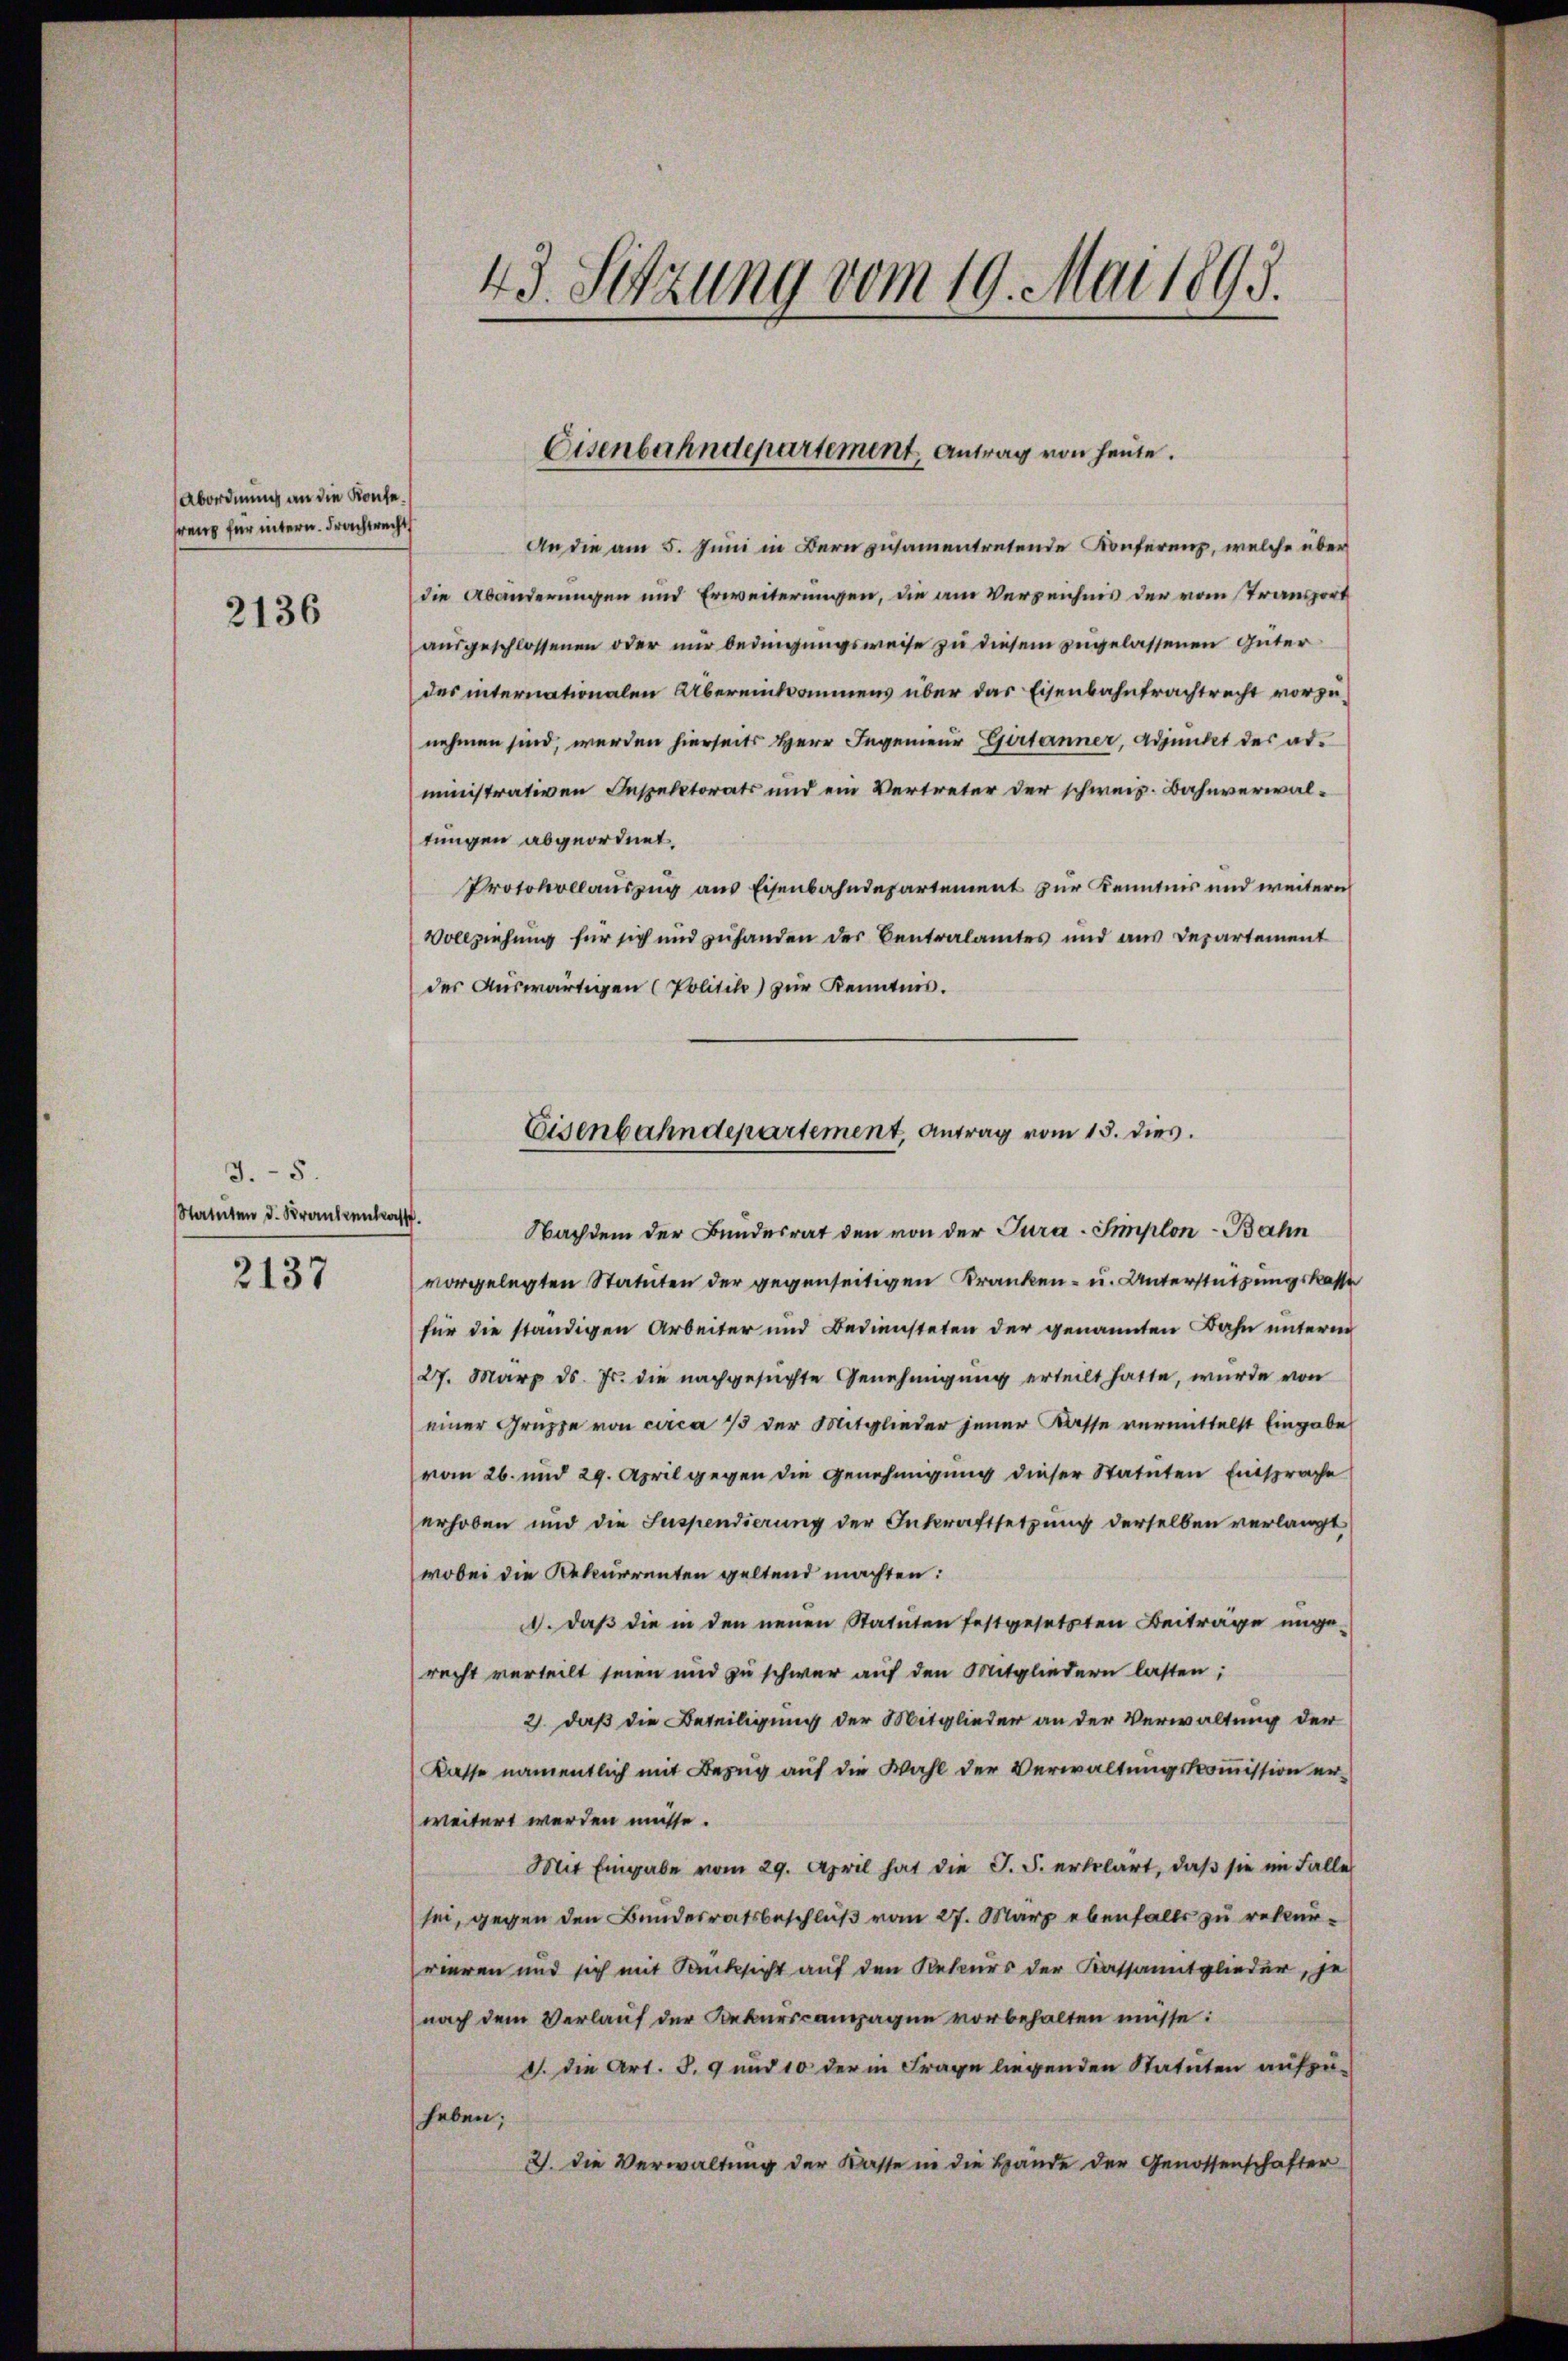
Abordnung an die Konsefranz für untern. Frachtrecht

2136

2137

3.5.
Statuten d. Krankenkass

43. Sitzung vom 19. Mai 1893.

Eisenbahndepartement, Antrag von heute.

An die am 5. Juni in Bern zusamentretende Konferenz, welche über
die Abänderungen und Erweiterungen, die am Verzeichnis der vom Transport
ausgeschlossenen oder nur bedingungsweise zu diesem zeigelassenen Güterdes internationalen Übereinkommens über das Eisenbahntrachtrecht vorzunehmen sind, werden hierseits Herr Ingenieur Gertanner, Adjunkt der abministrativen Inspektorats und ein Vertreter der schweiz. Bahnverwaltungen abgeordnet.
Protokollauszug aus Eisenbahndepartement zur Kenntnis und weitere
Vollziehung für sich und zuhanden der Centralamtes und aus Departement
des Auswärtigen (Politike) zur Kenntnis.
Nachdem der Bundesrat den von der Tura-Simplon - Bahn
vorgelegten Statuten der gegenseitigen Kranken- u. Unterstützungskasse
für die ständigen Arbeiter und Bediensteten der genannten Bahn unterm
27. März d. Js. die nachgesuchte Genehmigung erteilt hatte, wurde von
einer Gruppe von circa 1/3 der Mitglieder jener Kasse vermittelst Eingabe
vom 26. und 29. April gegen die Genehmigung dieser Statuten Entsprache
erhoben und die Suspendierung der Inkraftsetzung derselben verlangt
wobei die Rekurrenten geltend machten:
. daß die in den neuen Statuten festgesetzten Beiträge ungerecht verteilt seien und zu schwer auf den Mitgliedern lasten;
2. daß die Beteiligung der Mitglieder an der Verwaltung der
Kasse namentlich mit Bezug auf die Wahl der Verwaltungskommission erweitert werden müsse.
Mit Eingabe vom 29. April hat die J. J. erklärt, daβ sie im Falle
sei, gegen den Bundesratsbeschluß vom 27. März ebenfalls zu rekurrieren und sich mit Rücksicht auf den Rekurs der Kassanitglieder, je
nach dem Verlauf der Rekurscampagne vorbehalten müsse:
d. die Art. S. 9 und 10 der in Frage liegenden Statuten aufzuheben;
2. die Verwaltung der Kasse in die Hände der Genossenschafter

Eisenbahndepartement, Antrag vom 15. dies.